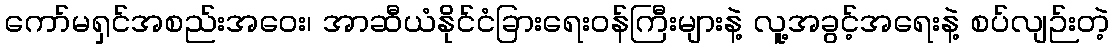
ကော်မရှင်အစည်းအဝေး၊ အာဆီယံနိုင်ငံခြားရေးဝန်ကြီးများနဲ့ လူ့အခွင့်အရေးနဲ့ စပ်လျဉ်းတဲ့